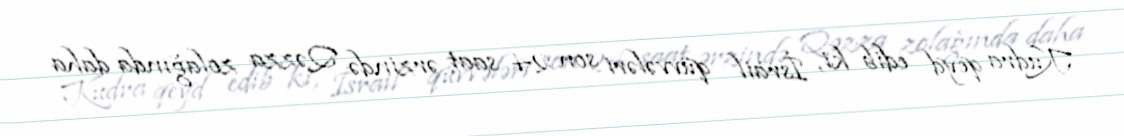
Kudra qeyd edib ki, İsrail qüvvələri son 24 saat ərzində Qəzza zolağında daha